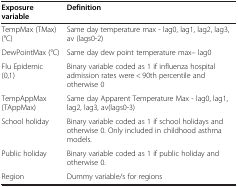
<table><thead><tr><td><b>Exposure variable</b></td><td><b>Definition</b></td></tr></thead><tbody><tr><td>TempMax (TMax) (°C)</td><td>Same day temperature max - lag0, lag1, lag2, lag3, av (lags0-2)</td></tr><tr><td>DewPointMax (°C)</td><td>Same day dew point temperature max– lag0</td></tr><tr><td>Flu Epidemic(0,1)</td><td>Binary variable coded as 1 if influenza hospital admission rates were &lt; 90th percentile and otherwise 0</td></tr><tr><td>TempAppMax (TAppMax)</td><td>Same day Apparent Temperature Max - lag0, lag1, lag2, lag3, av(lags0-3)</td></tr><tr><td>School holiday</td><td>Binary variable coded as 1 if school holidays and otherwise 0. Only included in childhood asthma models.</td></tr><tr><td>Public holiday</td><td>Binary variable coded as 1 if public holiday and otherwise 0.</td></tr><tr><td>Region</td><td>Dummy variable/s for regions</td></tr></tbody></table>